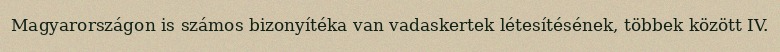
Magyarországon is számos bizonyítéka van vadaskertek létesítésének, többek között IV.